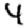
Digit: 4